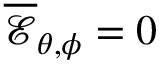
\mathcal { \overline { { E } } } _ { \theta , \phi } = 0